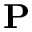
\mathbf P